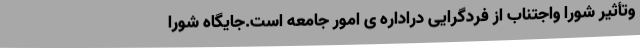
وتأثیر شورا واجتناب از فردگرایی دراداره ی امور جامعه است.جایگاه شورا